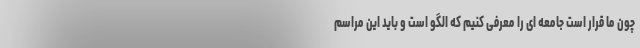
چون ما قرار است جامعه ای را معرفی کنیم که الگو است و باید این مراسم